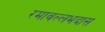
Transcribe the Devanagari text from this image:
रमावल्लभदास